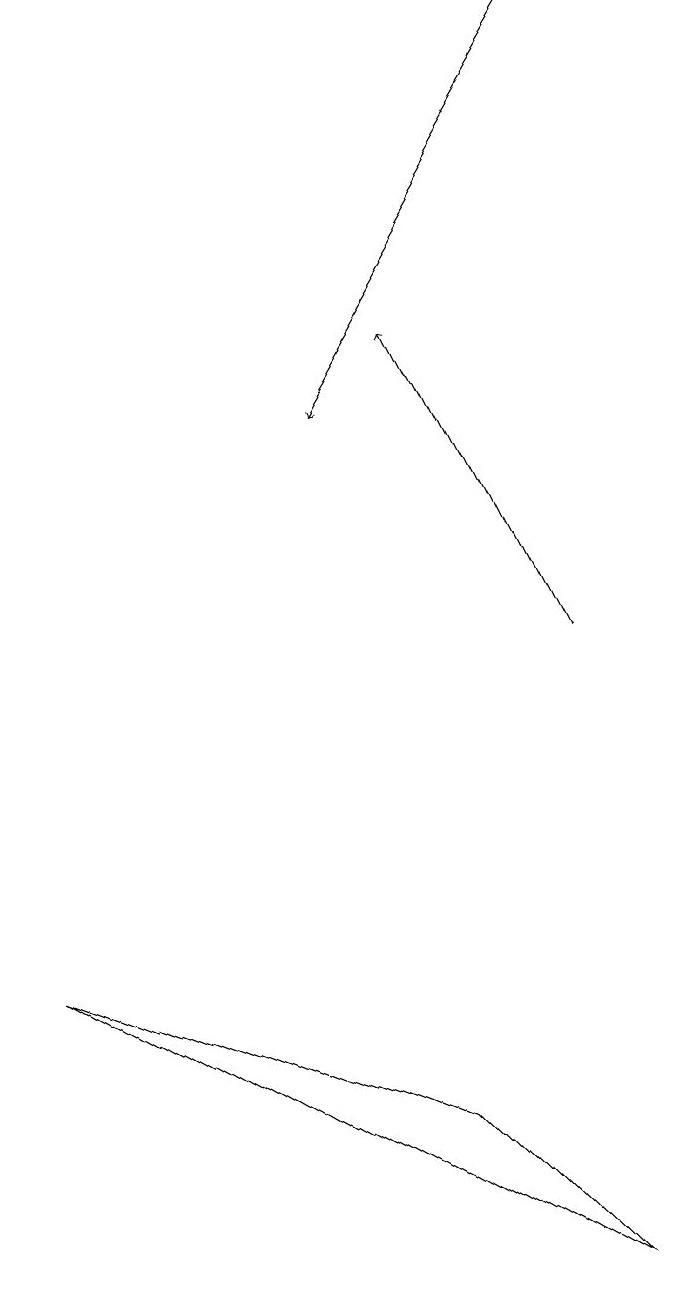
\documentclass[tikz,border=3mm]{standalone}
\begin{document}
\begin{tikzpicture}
\draw[->] (9,11) -- (7,15);
\draw (10,11) circle (0);
\draw (7,5) -- (9,3) -- (2,7) -- cycle;
\draw[->] (9,19) -- (6,14);
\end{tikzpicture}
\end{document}